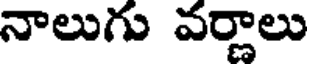
నాలుగు వర్ణాలు